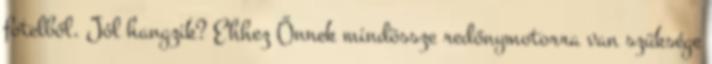
fotelből. Jól hangzik? Ehhez Önnek mindössze redőnymotorra van szüksége